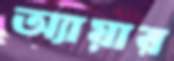
অ্যায়ার